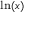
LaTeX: \scriptstyle \ln ( x )